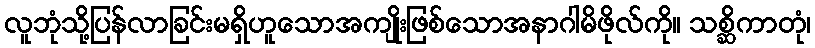
လူဘုံသို့ပြန်လာခြင်းမရှိဟူသောအကျိုးဖြစ်သောအနာဂါမိဖိုလ်ကို။ သစ္ဆိကာတုံ၊